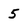
Character: 5